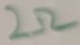
Text: 2Ω